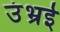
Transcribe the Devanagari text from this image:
उंभ्रई